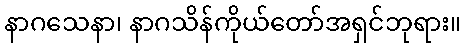
နာဂသေနာ၊ နာဂသိန်ကိုယ်တော်အရှင်ဘုရား။